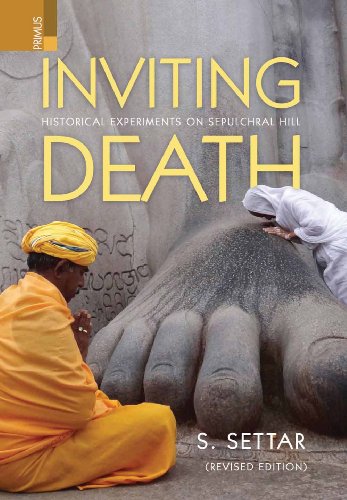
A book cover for Inviting Death: Historical Experiments on Sepulchral Hill; S Settar; Religion & Spirituality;